Source: Handwritten
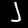
Digit: ၂ (2)